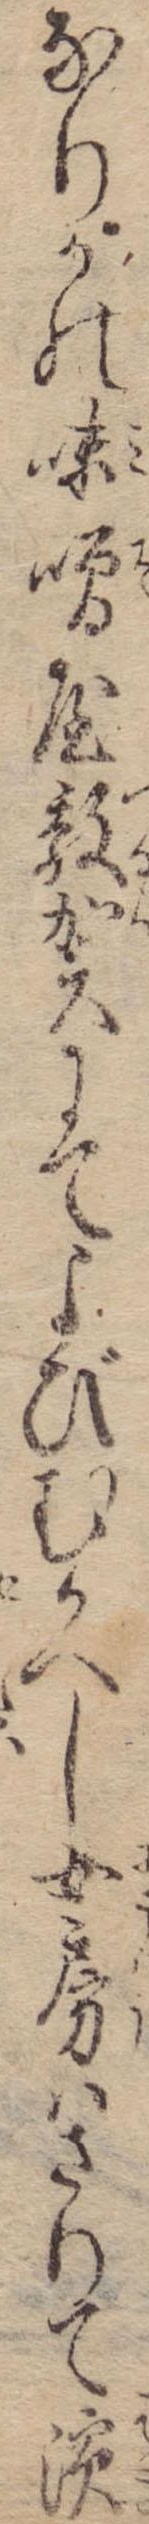
なりかの味噌屋敦賀にてよびむかへし女房はさりて浜